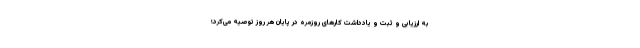
به ارزیابی و ثبت و یادداشت کارهای روزمره در پایان هر روز توصیه می‌کرد؛